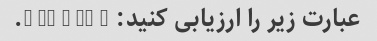
عبارت زیر را ارزیابی کنید: 8 x (5 + 7).